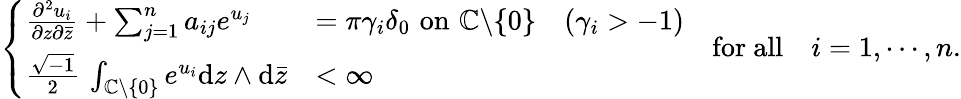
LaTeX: \left\{ \begin{array}{ll}{\frac{\partial^{2}u_{i}}{\partial z\partial\bar{z}}+\sum_{j=1}^{n}a_{ij}e^{u_{j}}}&{=\pi\gamma_{i}\delta_{0}\, \, \mathrm{on}\, \, {\mathbb C}\backslash\{ 0\} \quad(\gamma_{i}>-1)}\\ {\frac{\sqrt{-1}}{2}\, \int_{{\mathbb C}\backslash\{ 0\} }e^{u_{i}}\mathrm{d}z\wedge\mathrm{d}\bar{z}}&{<\infty}\end{array}\right.\quad\mathrm{for~all}\quad i=1,\cdots,n.